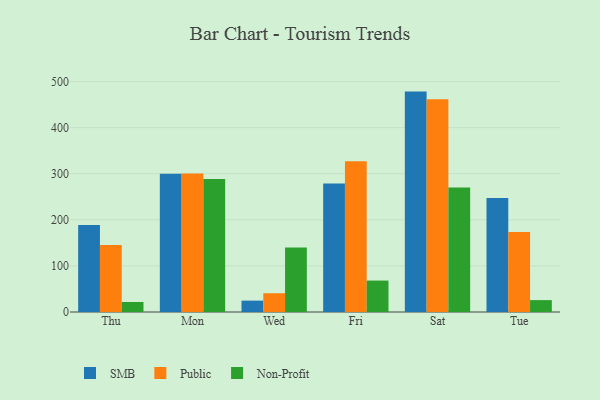
{"axis": {"x": "Day", "y": "Population (Million)"}, "legend": ["Non-Profit", "Public", "SMB"], "data": [{"x": "Thu", "y": 188.7, "type": "SMB"}, {"x": "Thu", "y": 145.6, "type": "Public"}, {"x": "Thu", "y": 21.7, "type": "Non-Profit"}, {"x": "Mon", "y": 299.9, "type": "SMB"}, {"x": "Mon", "y": 300.4, "type": "Public"}, {"x": "Mon", "y": 288.8, "type": "Non-Profit"}, {"x": "Wed", "y": 24.7, "type": "SMB"}, {"x": "Wed", "y": 40.7, "type": "Public"}, {"x": "Wed", "y": 139.7, "type": "Non-Profit"}, {"x": "Fri", "y": 279.0, "type": "SMB"}, {"x": "Fri", "y": 327.0, "type": "Public"}, {"x": "Fri", "y": 68.2, "type": "Non-Profit"}, {"x": "Sat", "y": 478.2, "type": "SMB"}, {"x": "Sat", "y": 461.6, "type": "Public"}, {"x": "Sat", "y": 269.9, "type": "Non-Profit"}, {"x": "Tue", "y": 247.6, "type": "SMB"}, {"x": "Tue", "y": 173.7, "type": "Public"}, {"x": "Tue", "y": 25.8, "type": "Non-Profit"}]}